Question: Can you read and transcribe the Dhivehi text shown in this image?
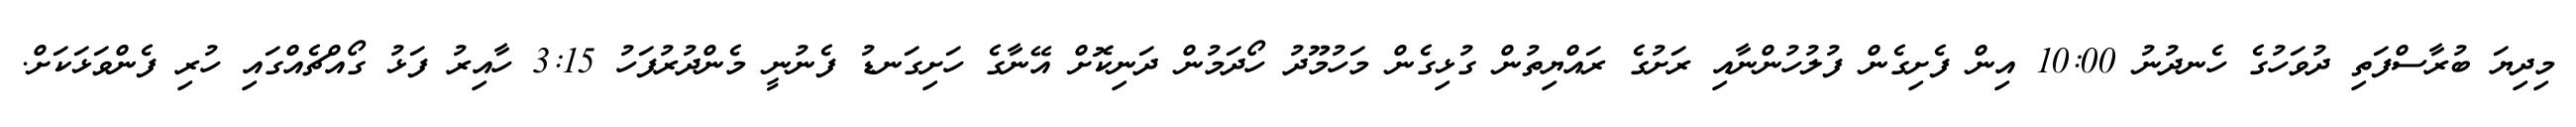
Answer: މިދިޔަ ބުރާސްފަތި ދުވަހުގެ ހެނދުނު 10:00 އިން ފެށިގެން ފުލުހުންނާއި ރަށުގެ ރައްޔިތުން ގުޅިގެން މަހުމޫދު ހޯދަމުން ދަނިކޮށް އޭނާގެ ހަށިގަނޑު ފެނުނީ މެންދުރުފަހު 3:15 ހާއިރު ފަޅު ގޯއްޗެއްގައި ހުރި ފެންވަޅަކަށް.